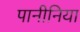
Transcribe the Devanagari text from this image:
पानीनिया